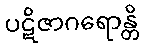
ပဋိဇာဂရောန္တိ